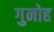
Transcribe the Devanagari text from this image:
गुनोह